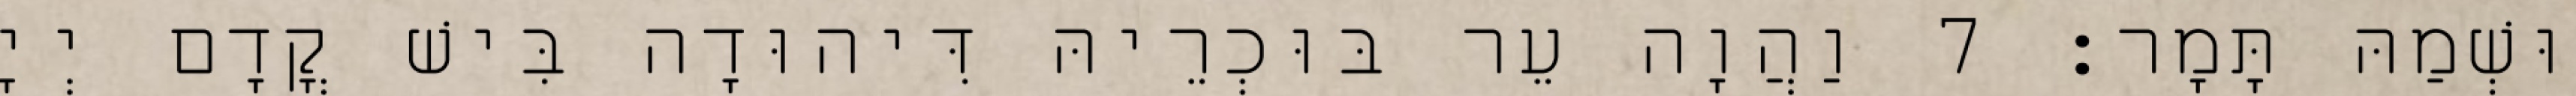
וּשְׁמַהּ תָּמָר׃ 7 וַהֲוָה עֵר בּוּכְרֵיהּ דִּיהוּדָה בִּישׁ קֳדָם יְיָ